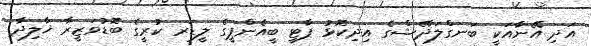
އަދި އޭނާއަކީ ބަނގްލަދޭޝްގެ އިދިކޮޅު ޕާޓީ ބީއެންޕީގެ ލީޑަރ ކުރީގެ ބޮޑުވަޒީރާ ޚާލިދާ